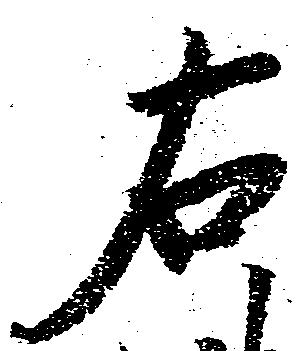
右